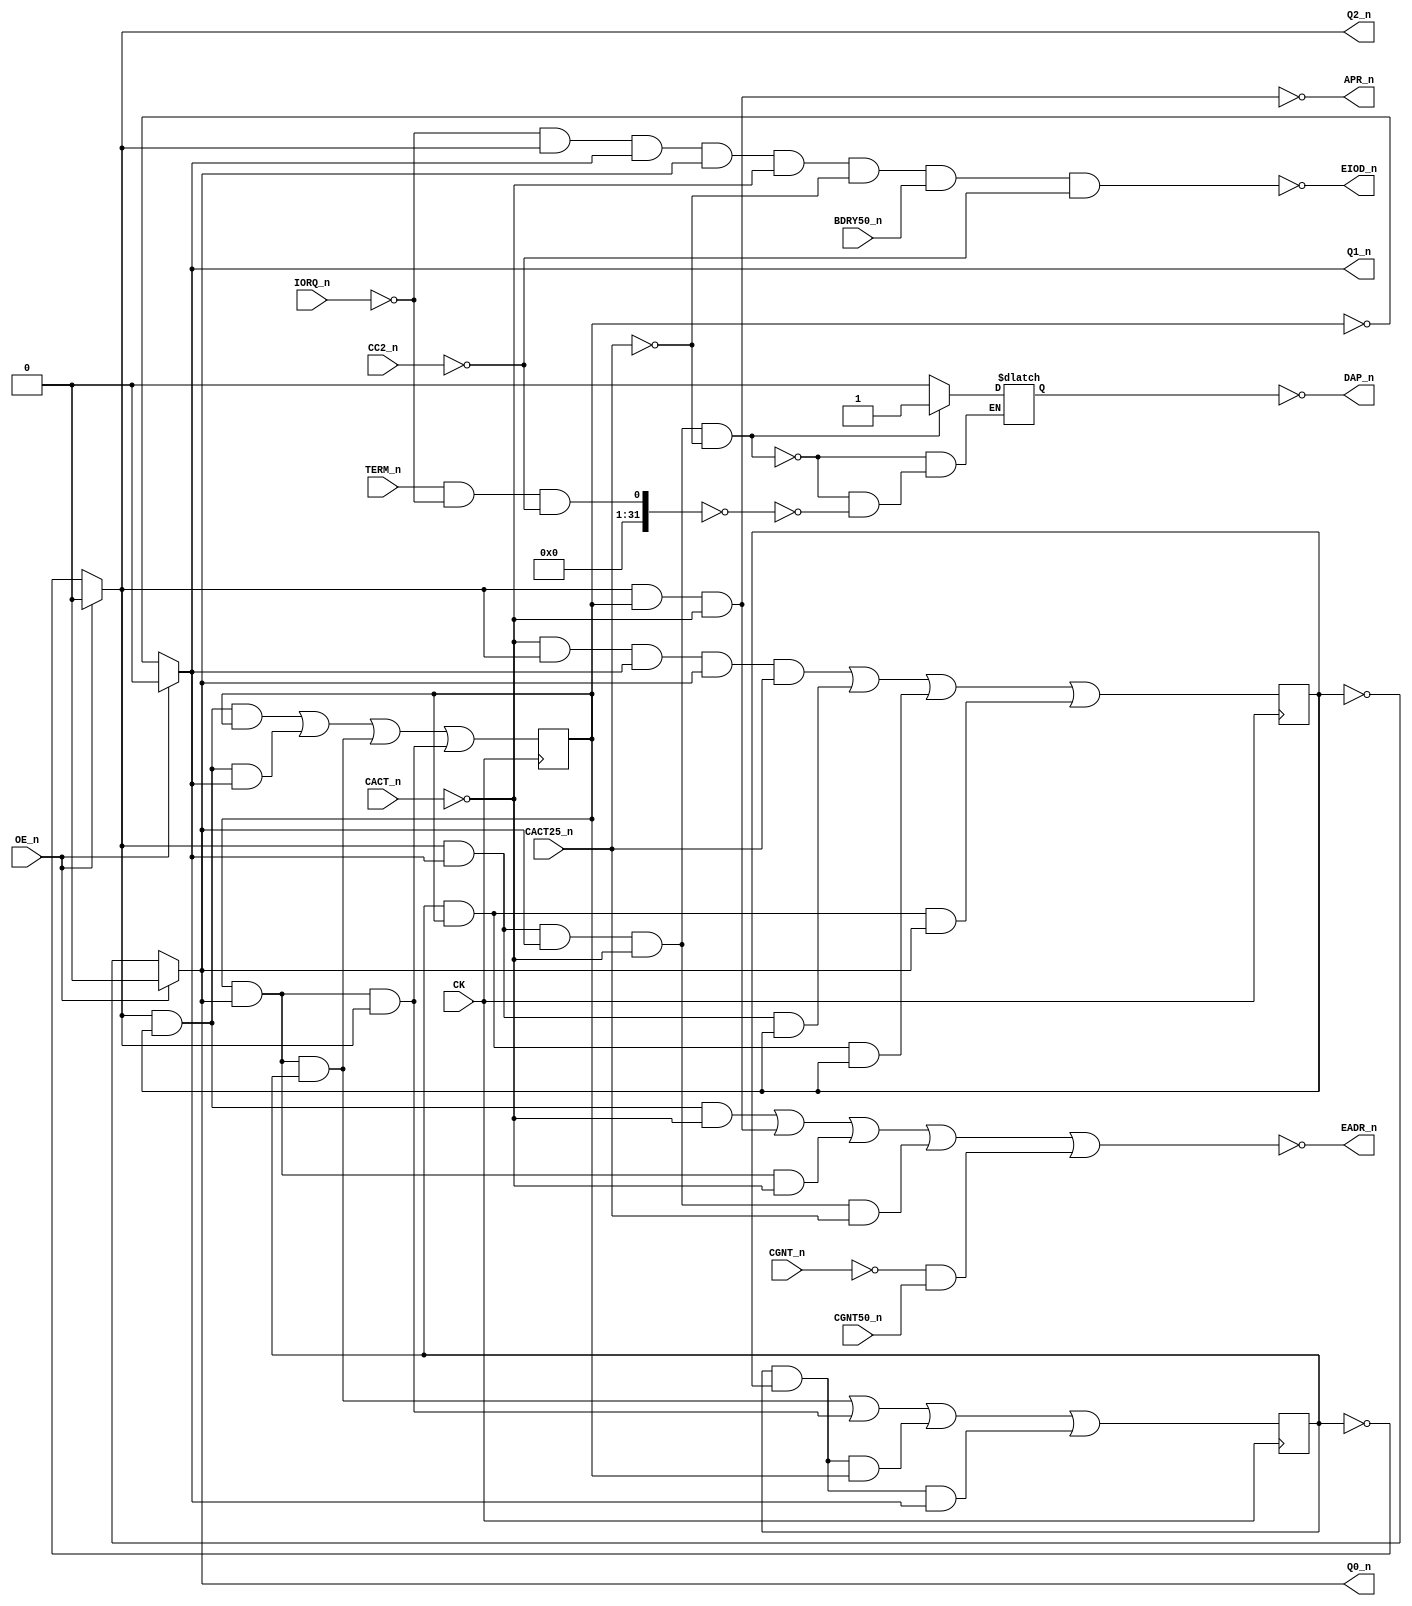
// 44401B,5D,BTIM
// PAL16R4D (https://rocelec.widen.net/view/pdf/c6dwcslffz/VANTS00080-1.pdf)


// PCB 3202D sheet 6:
//
// PAL input signal PD1 is connected to PAL OE_n (and PD1 to PD4 is ALWAYS 0/FALSE in the 3202 circuit board)
//     input signal OSC is connectec to PAL CK pin

// I/O 1,2,7, and 8 is not controlled by OE_n

// Four D flip-flops controleed by CLK signal (and reads input to O3,O4,O5 and O6) when transision from LOW to HIGH.
// O3-O6 output is controlled by OE_n (HIGH signal means output is three-state)

module PAL_44401B(
    input CK, 
    input OE_n,

    input CC2_n,        // I0 
    input CACT_n,       // I1 
    input CACT25_n,     // I2 
    input BDRY50_n,     // I3 
    input CGNT_n,       // I4 
    input CGNT50_n,     // I5 
    input TERM_n,       // I6   
    input IORQ_n,       // I7 


    output Q0_n,        // Q0_n                            
    output Q1_n,        // Q1_n                            
    output Q2_n,        // Q2_n                            
                        // Q3_n (not connected, no signal) 

    output APR_n,       // B0_n 
    output DAP_n,       // B1_n 
    output EIOD_n,      // B2_n 
    output EADR_n       // B3_n             
);

// Creating non-negated wires for active-low inputs
wire CC2 = ~CC2_n;
wire CACT = ~CACT_n;
wire CACT25 = ~CACT25_n;
wire CGNT = ~CGNT_n;
wire IORQ = ~IORQ_n;


// Temporary removed because of "unused" warning. 
// Which is related to " Feedback to public clock or circular logic: 'DAP_n'"
//wire DAP = ~DAP_n;	


// Logic for Q0, Q1, Q2
reg Q0, Q1, Q2;


// Flip-flop logic for Q0, Q1, Q2
always @(posedge CK) begin
    Q0 <=
                    (CACT & Q2_n & Q1_n & Q0_n & CACT25_n) |
                    (Q2_n & Q1_n & Q0)                     |
                    (Q2 & Q1 & Q0)                         |
                    (Q2 & Q1 & Q0_n);
            

    Q1 <=
                    (Q2_n & Q0 & Q1)   |
                    (Q2_n & Q0 & Q1_n) |
                    (Q1 & Q0_n & Q2)   |
                    (Q1 & Q0_n & Q2_n);
              

    Q2 <= 
                    (Q1 & Q0_n & Q2)   |
                    (Q1 & Q0_n & Q2_n) |
                    (Q2 & Q0 & Q1)     |
                    (Q2 & Q0 & Q1_n);            
end


// Output logic for Q0_n, Q1_n, Q2_n
assign Q0_n = OE_n ? 1'b0 : ~Q0;
assign Q1_n = OE_n ? 1'b0 : ~Q1;
assign Q2_n = OE_n ? 1'b0 : ~Q2;


// Logic for APR
assign APR_n = ~(Q2_n & Q1 & CACT);

// Logic for EADR_n (active-low)
assign EADR_n = ~(
                  (Q2_n & Q0 & CACT)                     |   // t + u
                  (Q2_n & Q1 & CACT)                     |   // u + v
                  (Q1 & Q0_n & CACT)                     |   // v + w
                  (Q2_n & Q1_n & Q0_n & CACT & CACT25_n) |   // s
                  (CGNT & CGNT50_n));                        // address part for CPU cycle

// Logic for DAP
reg DAP;

always @(*) begin
    if (Q2_n & Q1_n & Q0_n & CACT & CACT25)
        DAP = 1'b1;
    else if  ((TERM_n & IORQ & CC2) == 0)    
        DAP = 1'b0;
end

assign DAP_n  = ~DAP;

// Logic for EIOD_n (active-low)
assign EIOD_n = ~(IORQ & Q2_n & Q1_n & Q0_n & CACT & CACT25 & BDRY50_n & CC2);
// STARTS WHEN THE s STATE HAS BEEN REACHED AFTER COMPLETING THE LOOP.

endmodule

/*
DESCRIPTION


;                        |<----------------------------------------------------|
;                                                                              |
;                ------<(s)000                                                 |
;               |     /                                                        |
; /CACT+CACT25  |    /   |                                                     |
;               |   /    |                                                     |
;                --/     |                                                     |
;                        |                                                     |
;                                                                              |
;                        (t)001                                                |
;                                                                              |
;                        |-----(u)-----(v)-----(w)-----(x)-----(y)-----(z)---->| 
;                             O11     010     110     111     101     100
                 
; 010387 JLB: EIOD TOO SOON, ONLY 15NS SETUP FOR BD BEFORE BIOXE.
; WOULD NOT LOAD FROM FLOPPY. EIOD FRONT FLANK DELAYED 25NS.

: SAME WITH DAP. DAP HELD FOR THE REST OF THE CYCLE UNTIL TERM
; ON IORQ.
; 060387 JLB: DAP HELD INTO ADDRESS PART OF IOX CYCLES AFTER A
; BUFFERED WRITE CYCLE. SWAPPED IOD FOR IORQ IN EIOD.
; USING CC2 (NEW INPUT) TO QUALIFY DAP AND EIOD
; STATE MACHINE
;
; 180587 M3202B
; 090887 B JLB: MAXIMIZED EQUATIONS TO MATCH CLOCK SKEW.

*/